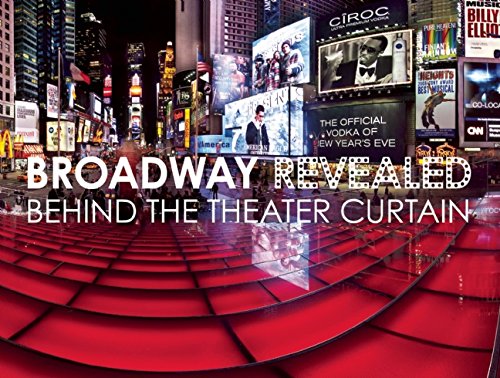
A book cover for Broadway Revealed: Behind the Theater Curtain; Arts & Photography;